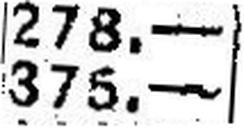
375.—